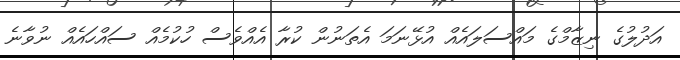
އަދުލުގެ ނިޒާމްގެ މައްސަލައެއް އުޅޭނަމަ އެތަނުން ކުރާ އެއްވެސް ހުކުމެއް ސައްހައެއް ނުވާނެ